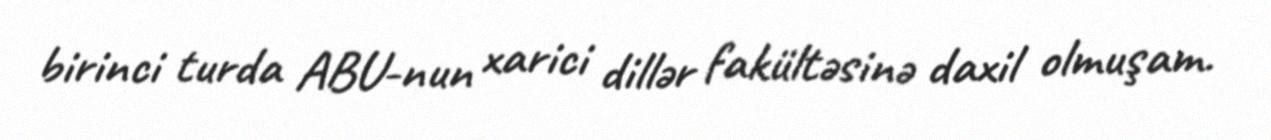
birinci turda ABU-nun xarici dillər fakültəsinə daxil olmuşam.